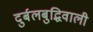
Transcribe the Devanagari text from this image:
दुर्बलबुद्धिवाली